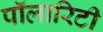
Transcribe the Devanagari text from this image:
पॉलारिटी